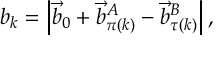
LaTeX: b _ { k } = \left| \vec { b } _ { 0 } + \vec { b } _ { \pi ( k ) } ^ { A } - \vec { b } _ { \tau ( k ) } ^ { B } \right| ,